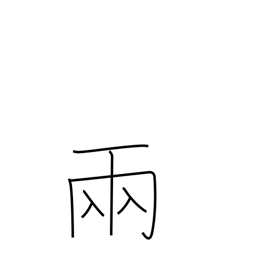
Meaning: counter for vehicles